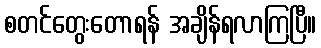
စတင်တွေးတောရန် အချိန်ရလာကြပြီ။